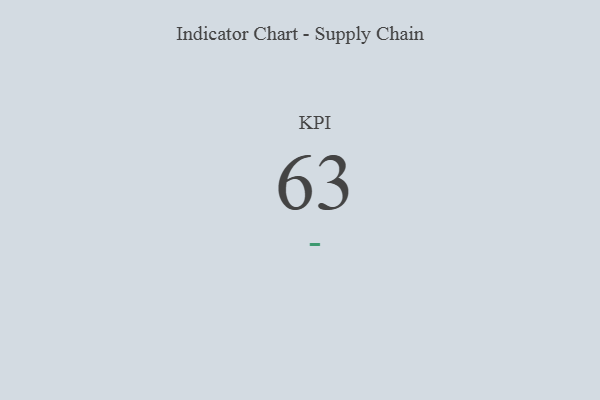
{"axis": {"x": "KPI", "y": "Value"}, "legend": [""], "data": [{"x": "KPI", "y": 63, "type": ""}]}